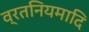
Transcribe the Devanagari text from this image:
व्रतनियमादि